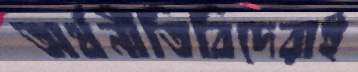
অর্থনীতিবিদেরাই